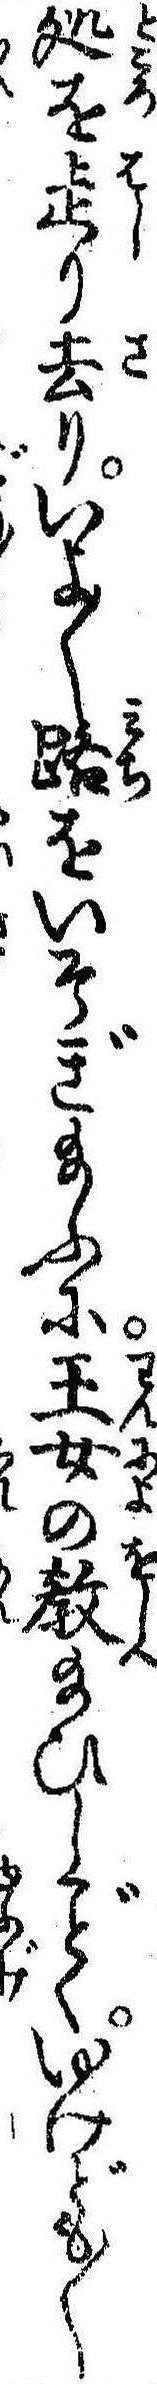
処を走り去りいよ〱路をいそぎ給ふに王女の教給ひしくゆけども〱